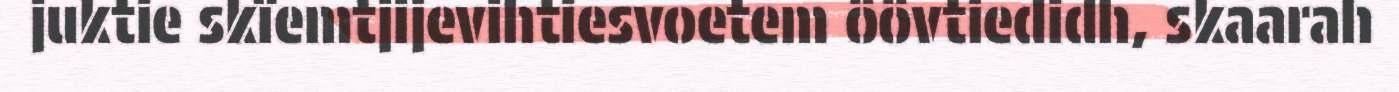
juktie skïemtjijevihtiesvoetem öövtiedidh, skaarah